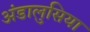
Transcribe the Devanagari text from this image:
अंडालुसिया